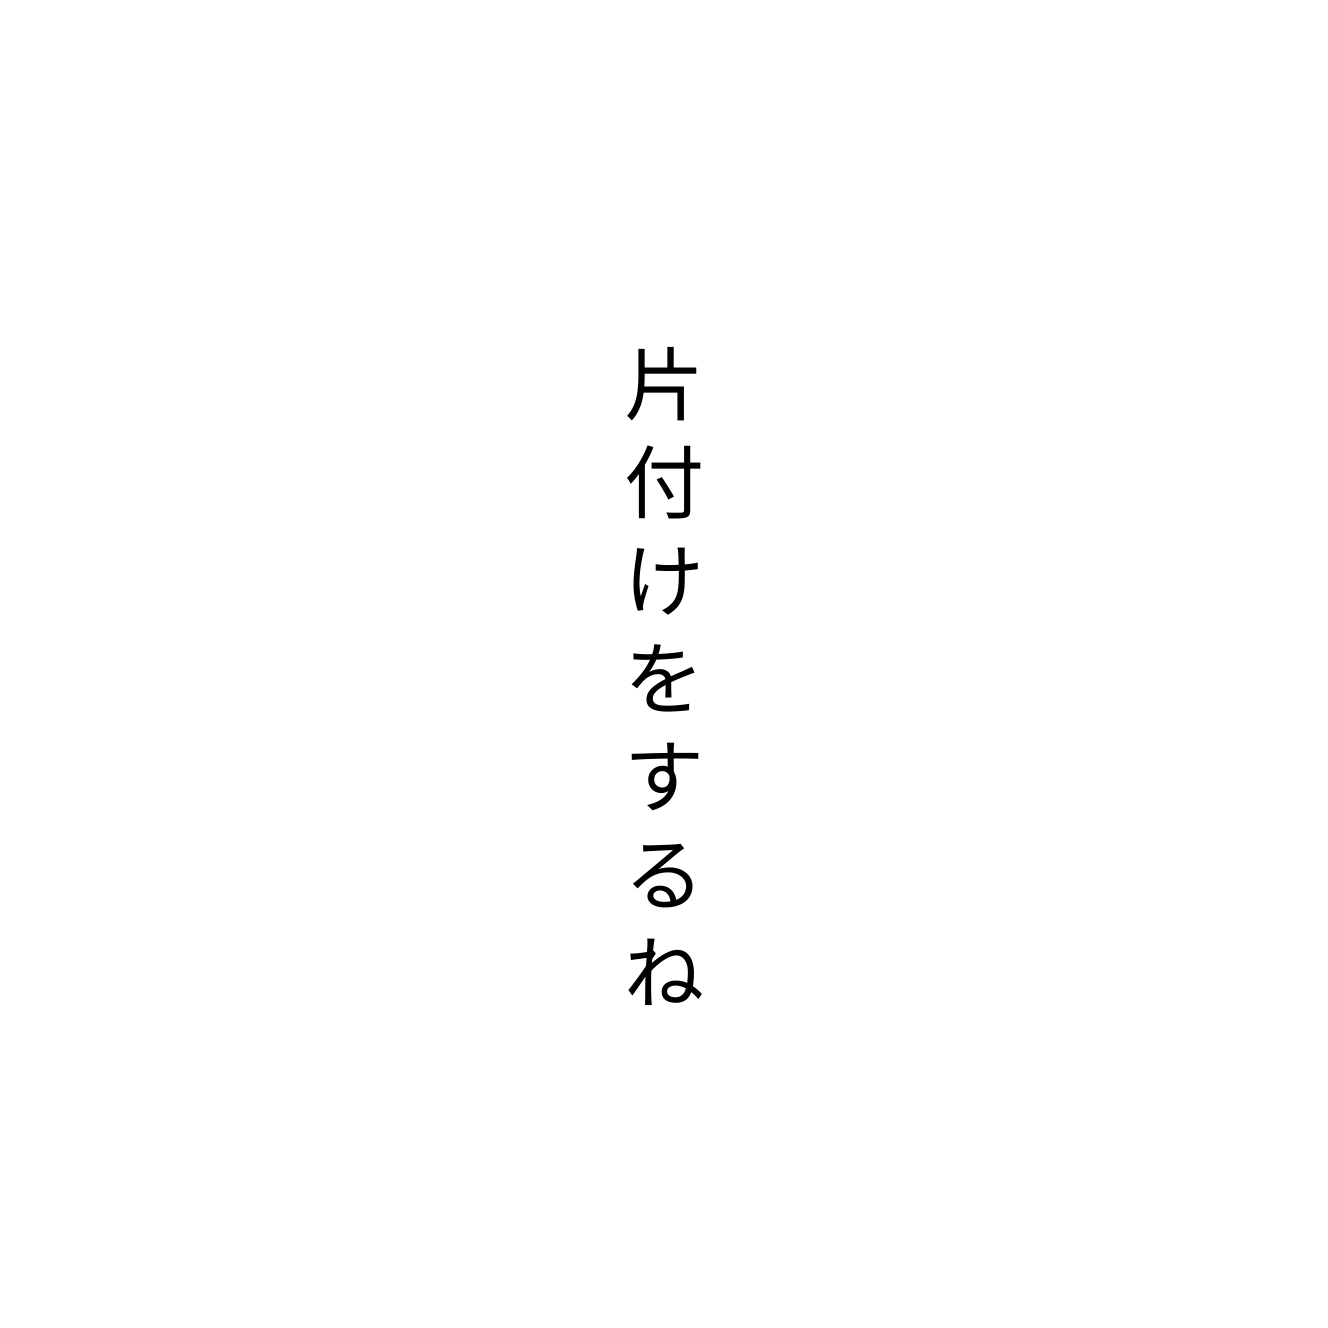
片付けをするね